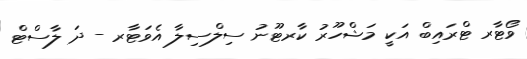
ވޯޓާރ ޓްރައިބް އަކީ މަޝްހޫރު ކާރޓޫނު ސިލްސިލާ އެވަޓާރ - ދަ ލާސްޓް